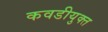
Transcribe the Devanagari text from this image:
कवडीयुक्‍त